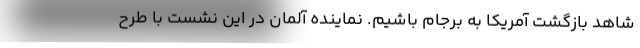
شاهد بازگشت آمریکا به برجام باشیم. نماینده آلمان در این نشست با طرح